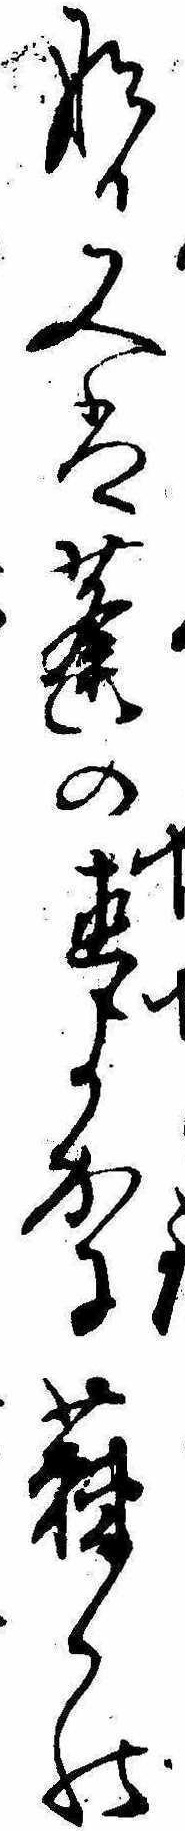
なる又は蓬の直よかに蕀の